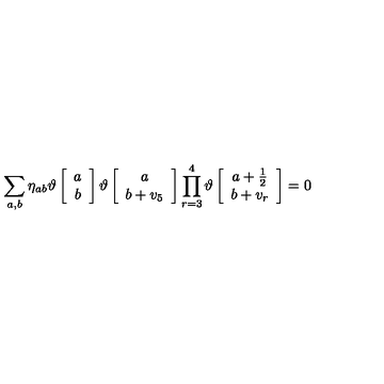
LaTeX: \sum _ { a , b } \eta _ { a b } \vartheta \left[ \begin{array} { c } { a } \\ { b } \\ \end{array} \right] \vartheta \left[ \begin{array} { c } { a } \\ { b + v _ { 5 } } \\ \end{array} \right] \prod _ { r = 3 } ^ { 4 } \vartheta \left[ \begin{array} { c } { a + \frac { 1 } { 2 } } \\ { b + v _ { r } } \\ \end{array} \right] = 0